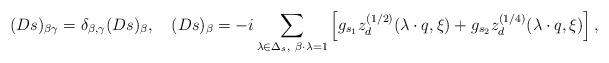
LaTeX: \begin{align*}(Ds)_{\beta \gamma}= \delta_{\beta,\gamma}(Ds)_{\beta},\quad (Ds)_{\beta}=-i\sum_{\lambda\in\Delta_s,\ \beta\cdot\lambda=1}\left[ g_{s_1}z_{d}^{(1/2)}(\lambda\cdot q,\xi)+ g_{s_2}z_{d}^{(1/4)}(\lambda\cdot q, \xi)\right], \end{align*}